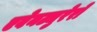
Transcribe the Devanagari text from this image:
एवेनट्युरेरो